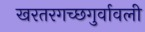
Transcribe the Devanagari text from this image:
खरतरगच्छगुर्वावली